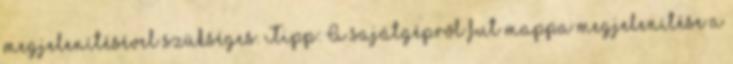
megjelenítésével szükséges. Tipp: A sajátgépről fut mappa megjelenítése a